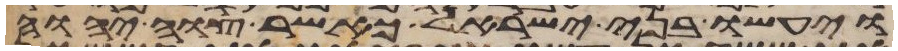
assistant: ויעשו בני ישראל כאשר צוה יהוה